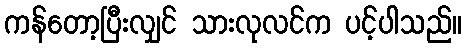
ကန်တော့ပြီးလျှင် သားလုလင်က ပင့်ပါသည်။